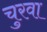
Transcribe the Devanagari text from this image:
चुरवा